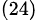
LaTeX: _{(24)}